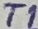
Text: T1